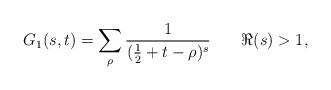
\begin{align*}G_{1}(s,t)=\sum_{\rho}\frac{1}{(\frac{1}{2}+t-\rho)^{s}}\,\,\,\,\,\,\,\,\,\,\, \Re(s)>1,\end{align*}